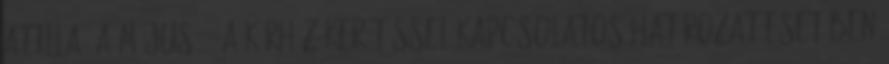
Attila: A május 20-a kórház kerítéssel kapcsolatos határozat esetében